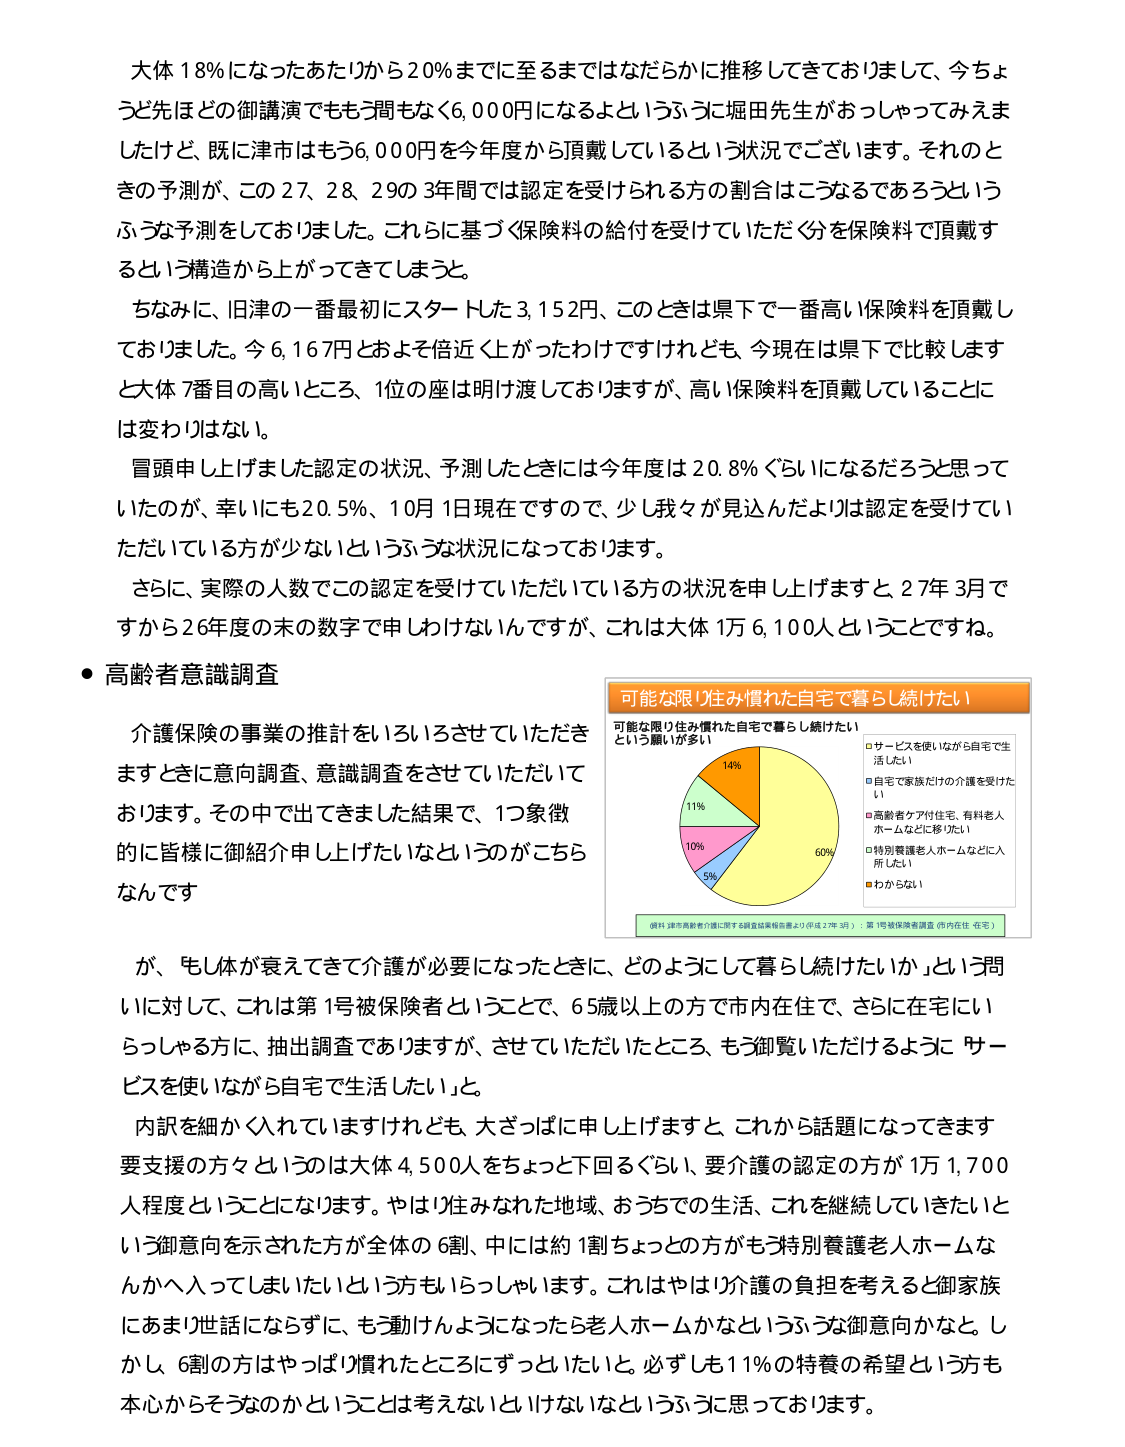
大体18％になったあたりから20％までに至るまではなだらかに推移してきておりまして、今ちょうど先ほどの御講演でももう間もなく6,000円になるよというふうに堀田先生がおっしゃってみえましたけど、既に津市はもう6,000円を今年度から頂戴しているという状況でございます。それのときの予測が、この27、28、29の3年間では認定を受けられる方の割合はこうなるであろうというふうな予測をしておりました。これらに基づく保険料の給付を受けいただく分を保険料で頂戴するという構造から上がってきてしまうと。

ちなみに、旧津の一番最初にスタートした3,152円、このときは県下で一番高い保険料を頂戴しておりました。今6,167円とおよそ倍近く上がったわけですけれども、今現在は県下で比較しますと大体7番目の高いところ、1位の座は明け渡しておりますが、高い保険料を頂戴していることには変わりはない。

冒頭申し上げました認定の状況、予測したときには今年度は20.8％ぐらいになるだろうと思っていたのが、幸いにも20.5％、10月1日現在ですので、少し我々が見込んだよりは認定を受けていただいている方が少ないというような状況になっております。

さらに、実際の人数でこの認定を受けていただいている方の状況を申し上げますと、27年3月ですから26年度の末の数字で申しわけないんですが、これは大体1万6,100人ということです。

● 高齢者意識調査

介護保険の事業の推計をいろいろさせていただきますときに意向調査、意識調査をさせていただいております。その中で出てきました結果で、1つ象徴的に皆様に御紹介申し上げたいなというのがこちらなんです

が、「もしその体が衰えてきて介護が必要になったときに、どのようにして暮らし続けたいか」という問いに対して、これは第1号被保険者ということで、65歳以上の方で市内在住で、さらに在宅にいらっしゃる方に、抽出調査でありますが、させていただいたところ、もう御覧いただけるように「サービスを使いながら自宅で生活したい」と。

内訳を細かく入れていますけれども、大ざっぱに申し上げますと、これから話題になってきます要支援の方々というのは大体4,500人をちょっと下回るぐらい、要介護の認定の方が1万1,700人程度ということになります。やはり住み慣れた地域、おうちでの生活、これを継続していきたいという御意向を示された方が全体の6割、中には約1割ちょっとの方がもう特別養護老人ホームなんかへ入ってしまいたいという方もいらっしゃいます。これはやはり介護の負担を考えると御家族にあまり世話にならずに、もう動けんようになったら老人ホームかなというふうな御意向かなと。しかし、6割の方はやっぱり慣れたところにずっといたいと。必ずしも11％の特養の希望という方も本心からそうなのかということは考えないといけないなというふうに思っております。

可能な限り住み慣れた自宅で暮らし続けたい
可能な限り住み慣れた自宅で暮らし続けたい
という願いが多い

14%
11%
10%
5%
60%

□ サービスを使いながら自宅で生活したい
□ 自宅で家族だけの介護を受けたい
□ 高齢者ケア付住宅、有料老人ホームなどに移りたい
□ 特別養護老人ホームなどに入所したい
■ わからない

（資料：津市高齢者介護に関する調査結果報告書より（平成27年3月）：第1号被保険者調査（市内在住・在宅））